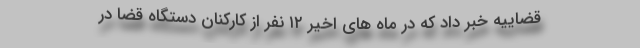
قضاییه خبر داد که در ماه های اخیر ۱۲ نفر از کارکنان دستگاه قضا در